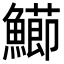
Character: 𩼚